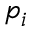
p _ { i }